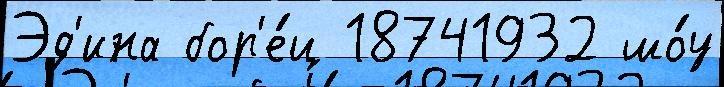
Эд'ина бор'е́ц 18741932 шо́у